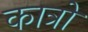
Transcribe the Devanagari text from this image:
कात्रो